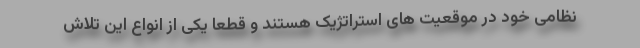
نظامی خود در موقعیت های استراتژیک هستند و قطعا یکی از انواع این تلاش